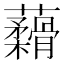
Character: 𬟟